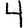
Digit: 4